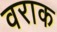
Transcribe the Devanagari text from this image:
वराक